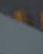
.